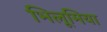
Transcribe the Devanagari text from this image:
भिलूमिया